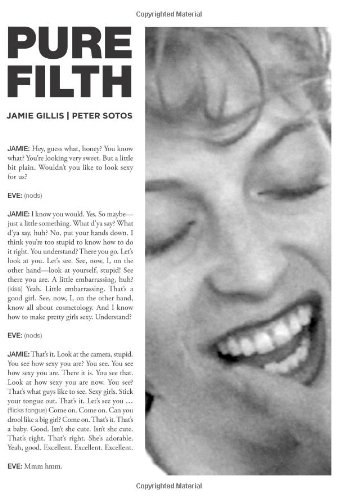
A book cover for Pure Filth; Peter Sotos; Humor & Entertainment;